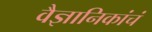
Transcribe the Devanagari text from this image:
वैज्ञानिकांचं